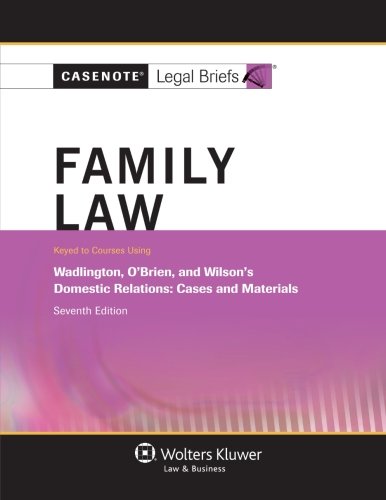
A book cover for Casenote Legal Briefs: Family Law, Keyed to Wadlington, O'Brien, and Wilson, Seventh Edition; Casenote Legal Briefs Casenote Legal Briefs; Law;